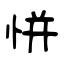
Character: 恲